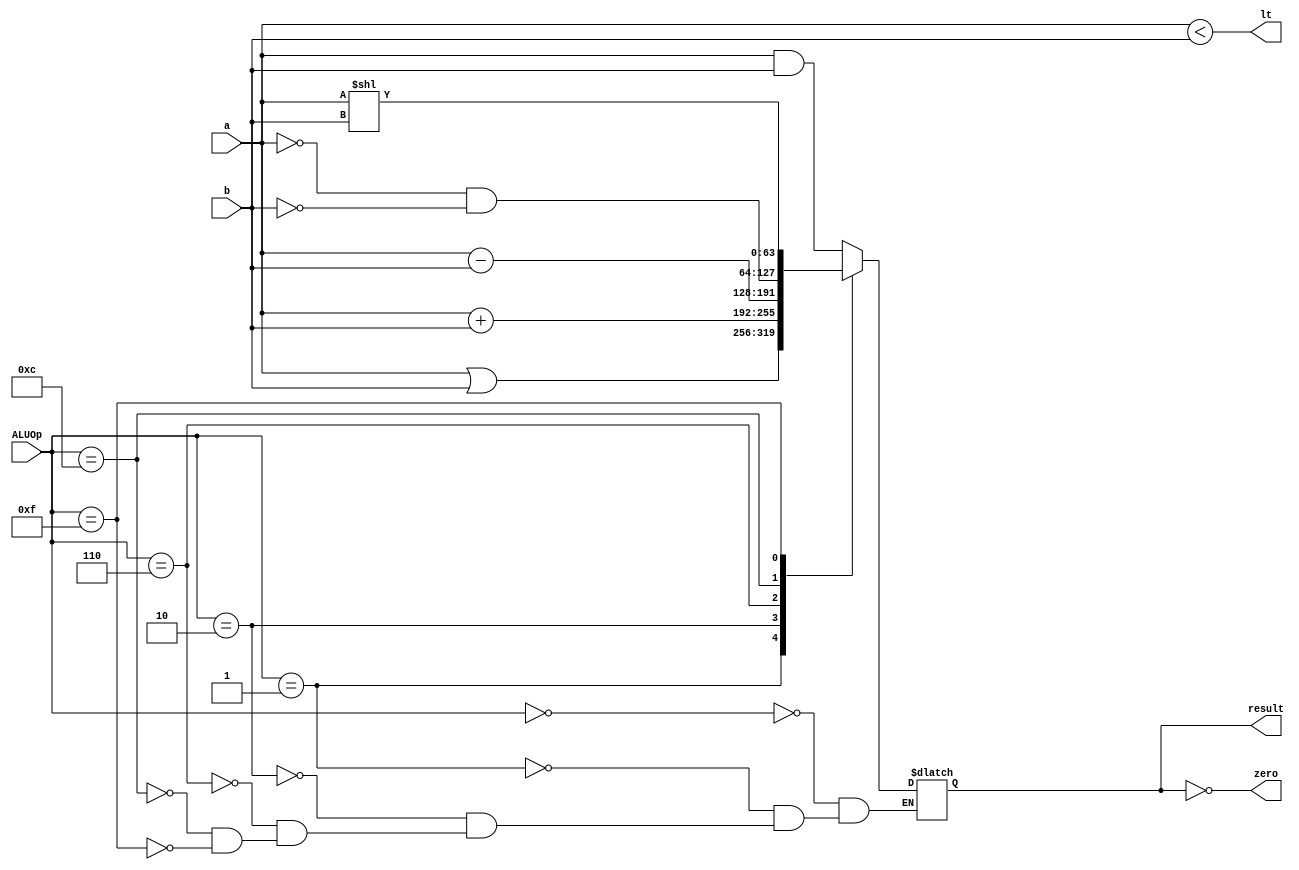
`timescale 1ns / 1ps

module ALU_64_bit (input [63:0] a, input [63:0] b,
input [3:0] ALUOp, 
output reg [63:0] result, 
output wire zero,
output wire lt);

assign zero = (result == 0);
assign lt = (a < b); // less than

always @(*)
begin
    case (ALUOp[3:0])
        4'b0000: result <= a & b; // AND
        4'b0001: result <= a | b; // OR
        4'b0010: result <= a + b; // ADD
        4'b0110: result <= a - b; // Subtract
        4'b1100: result <= ~a & ~b; // NOR
        4'b1111: result <= a << b; // Shift left
    endcase
end

endmodule